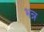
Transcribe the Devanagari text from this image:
भन्न